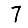
Digit: 7